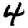
Digit: 4